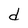
Character: d